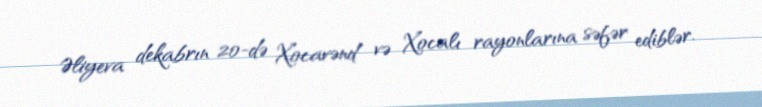
Əliyeva dekabrın 20-də Xocavənd və Xocalı rayonlarına səfər ediblər.